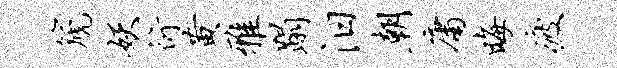
篪妖衍黄雅蹋汨朝庸晦疲